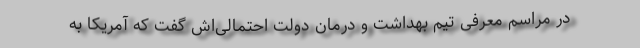
در مراسم معرفی تیم بهداشت و درمان دولت احتمالی‌اش گفت که آمریکا به